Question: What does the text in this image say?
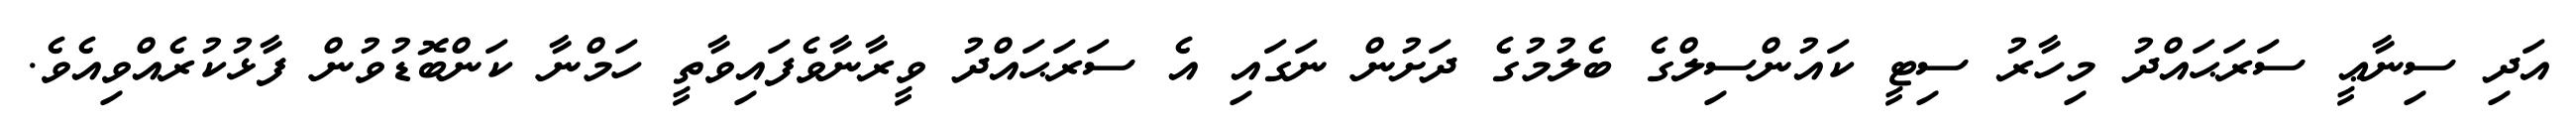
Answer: އަދި ސިނާޢީ ސަރަޙައްދު މިހާރު ސިޓީ ކައުންސިލްގެ ބެލުމުގެ ދަށުން ނަގައި އެ ސަރަޙައްދު ވީރާނާވެފައިވާތީ ހަމްނާ ކަންބޮޑުވުން ފާޅުކުރެއްވިއެވެ.